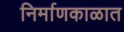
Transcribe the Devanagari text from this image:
निर्माणकाळात